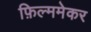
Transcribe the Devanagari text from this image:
फ़िल्ममेकर